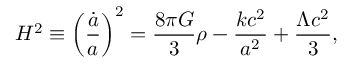
H ^ { 2 } \equiv \left( { \frac { \dot { a } } { a } } \right) ^ { 2 } = { \frac { 8 \pi G } { 3 } } \rho - { \frac { k c ^ { 2 } } { a ^ { 2 } } } + { \frac { \Lambda c ^ { 2 } } { 3 } } ,